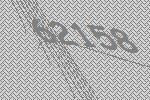
62158